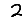
Digit: 2